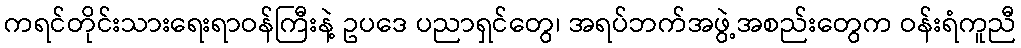
ကရင်တိုင်းသားရေးရာဝန်ကြီးနဲ့ ဥပဒေ ပညာရှင်တွေ၊ အရပ်ဘက်အဖွဲ့အစည်းတွေက ဝန်းရံကူညီ